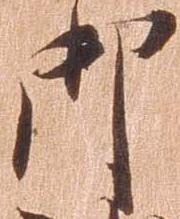
御